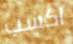
اكسب